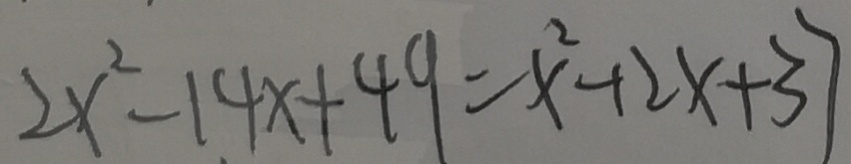
2 x ^ { 2 } - 1 4 x + 4 9 = x ^ { 2 } + 2 x + 3 7